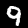
Label: 9